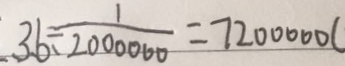
3 6 \div \frac { 1 } { 2 0 0 0 0 0 0 } = 7 2 0 0 0 0 0 (